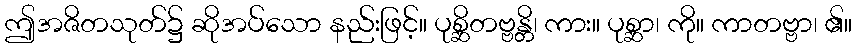
ဤအဇိတသုတ်၌ ဆိုအပ်သော နည်းဖြင့်။ ပုစ္ဆိတဗ္ဗန္တိ၊ ကား။ ပုစ္ဆာ၊ ကို။ ကာတဗ္ဗာ၊ ၏။